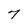
Character: 7